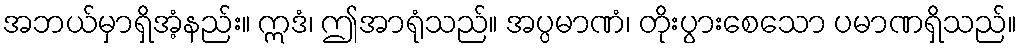
အဘယ်မှာရှိအံ့နည်း။ ဣဒံ၊ ဤအာရုံသည်။ အပ္ပမာဏံ၊ တိုးပွားစေသော ပမာဏရှိသည်။